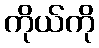
ကိုယ်ကို